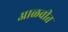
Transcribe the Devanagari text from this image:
आळवीत